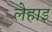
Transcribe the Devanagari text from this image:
लेहाइ